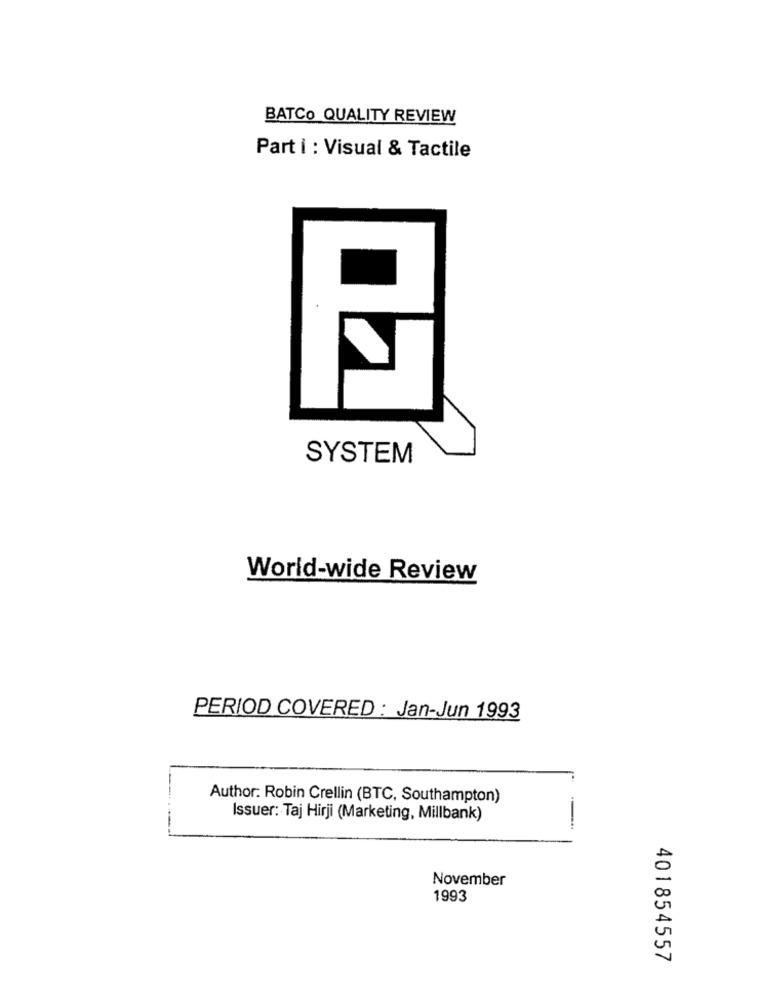
BATCO QUALITY REVIEW
Part i : Visual & Tactile
SYSTEM
World-wide Review
PERIOD COVERED : Jan-Jun 1993
Author: Robin Crellin (BTC, Southampton)
Issuer: Taj Hirji (Marketing, Millbank)
November
1993
401854557